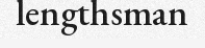
lengthsman